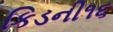
કિડની૧૬